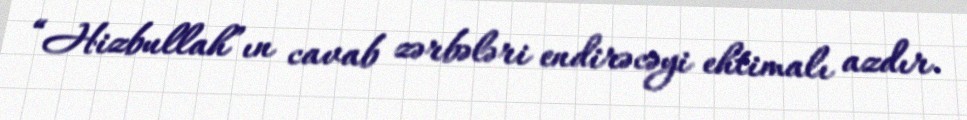
“Hizbullah”ın cavab zərbələri endirəcəyi ehtimalı azdır.